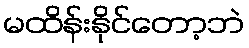
မထိန်းနိုင်တော့ဘဲ